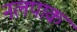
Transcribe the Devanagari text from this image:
नलपाक